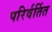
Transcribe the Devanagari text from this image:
परिर्वर्तित